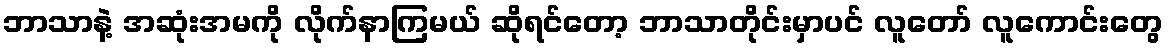
ဘာသာနဲ့ အဆုံးအမကို လိုက်နာကြမယ် ဆိုရင်တော့ ဘာသာတိုင်းမှာပင် လူတော် လူကောင်းတွေ